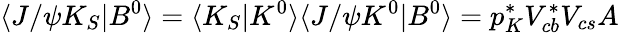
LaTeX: \langle J/\psi K_{S}|B^{0}\rangle=\langle K_{S}|K^{0}\rangle\langle J/\psi K^{0}|B^{0}\rangle=p_{K}^{\ast}V_{cb}^{\ast}V_{cs}A